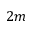
2 m